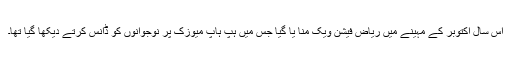
اس سال اکتوبر کے مہینے میں ریاض فیشن ویک منا یا گیا جس میں ہپ ہاپ میوزک پر نوجوانوں کو ڈانس کرتے دیکھا گیا تھا۔